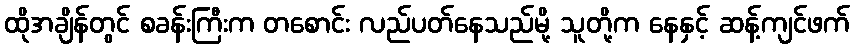
ထိုအချိန်တွင် စခန်းကြီးက တစောင်း လည်ပတ်နေသည်မို့ သူတို့က နေနှင့် ဆန့်ကျင်ဖက်